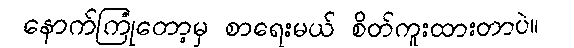
နောက်ကြုံတော့မှ စာရေးမယ် စိတ်ကူးထားတာပဲ။